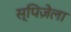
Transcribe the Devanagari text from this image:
स्पिज़ेला